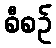
စီစဉ်